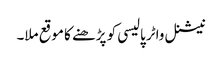
نیشنل واٹر پالیسی کو پڑھنے کا موقع ملا۔